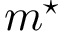
m ^ { \star }